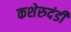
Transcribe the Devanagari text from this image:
कशेरुदंडी